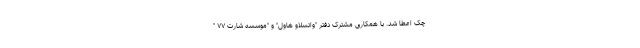
چک اعطا شد. با همکاری مشترک دفتر "واتسلاو هاول" و "موسسه شارت ۷۷ "